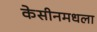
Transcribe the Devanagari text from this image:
केसीनमधला